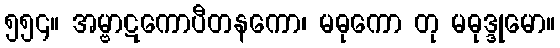
၅၅၄။ အမ္ဗာဋကောပီတနကော၊ မဓုကော တု မဓုဒ္ဒုမော။